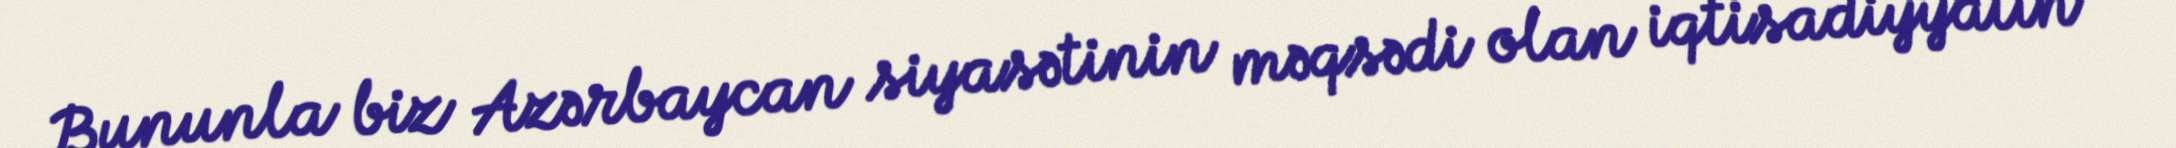
Bununla biz Azərbaycan siyasətinin məqsədi olan iqtisadiyyatın